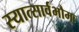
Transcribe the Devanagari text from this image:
स्यात्सार्वभौमः